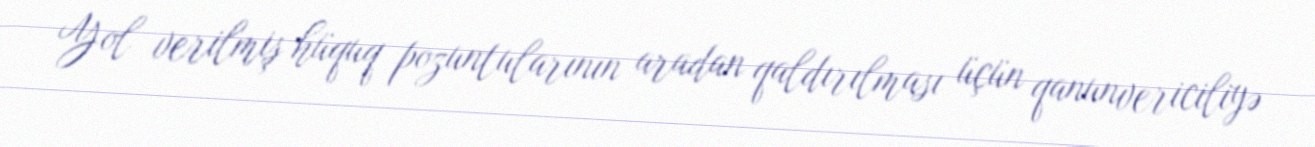
Yol verilmiş hüquq pozuntularının aradan qaldırılması üçün qanunvericiliyə